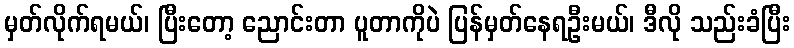
မှတ်လိုက်ရမယ်၊ ပြီးတော့ ညောင်းတာ ပူတာကိုပဲ ပြန်မှတ်နေရဦးမယ်၊ ဒီလို သည်းခံပြီး